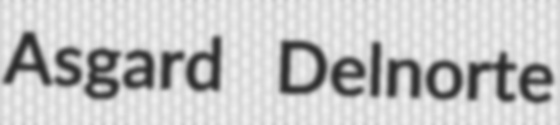
Asgard Delnorte